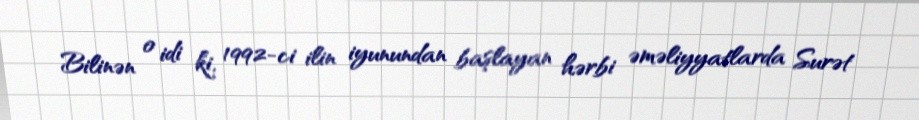
Bilinən o idi ki, 1992-ci ilin iyunundan başlayan hərbi əməliyyatlarda Surət